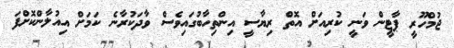
ޖުމްހޫރީ ޕާޓީން ވަނީ ކުރިއަށް އޮތް ރިޔާސީ އިންތިހާބުގައިވެސް ވާދަކުރާނެ ކަމަށް އިއުލާންކޮށްފަ